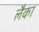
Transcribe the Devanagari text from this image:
लैका